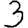
Digit: 3